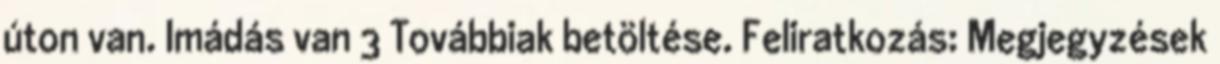
úton van. Imádás van 3 Továbbiak betöltése. Feliratkozás: Megjegyzések